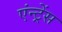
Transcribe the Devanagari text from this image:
एंन्ट्रेंस